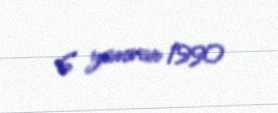
6 yanvar 1990